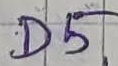
Text: D5